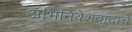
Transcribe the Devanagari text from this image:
अभिनिवेशवादाचे